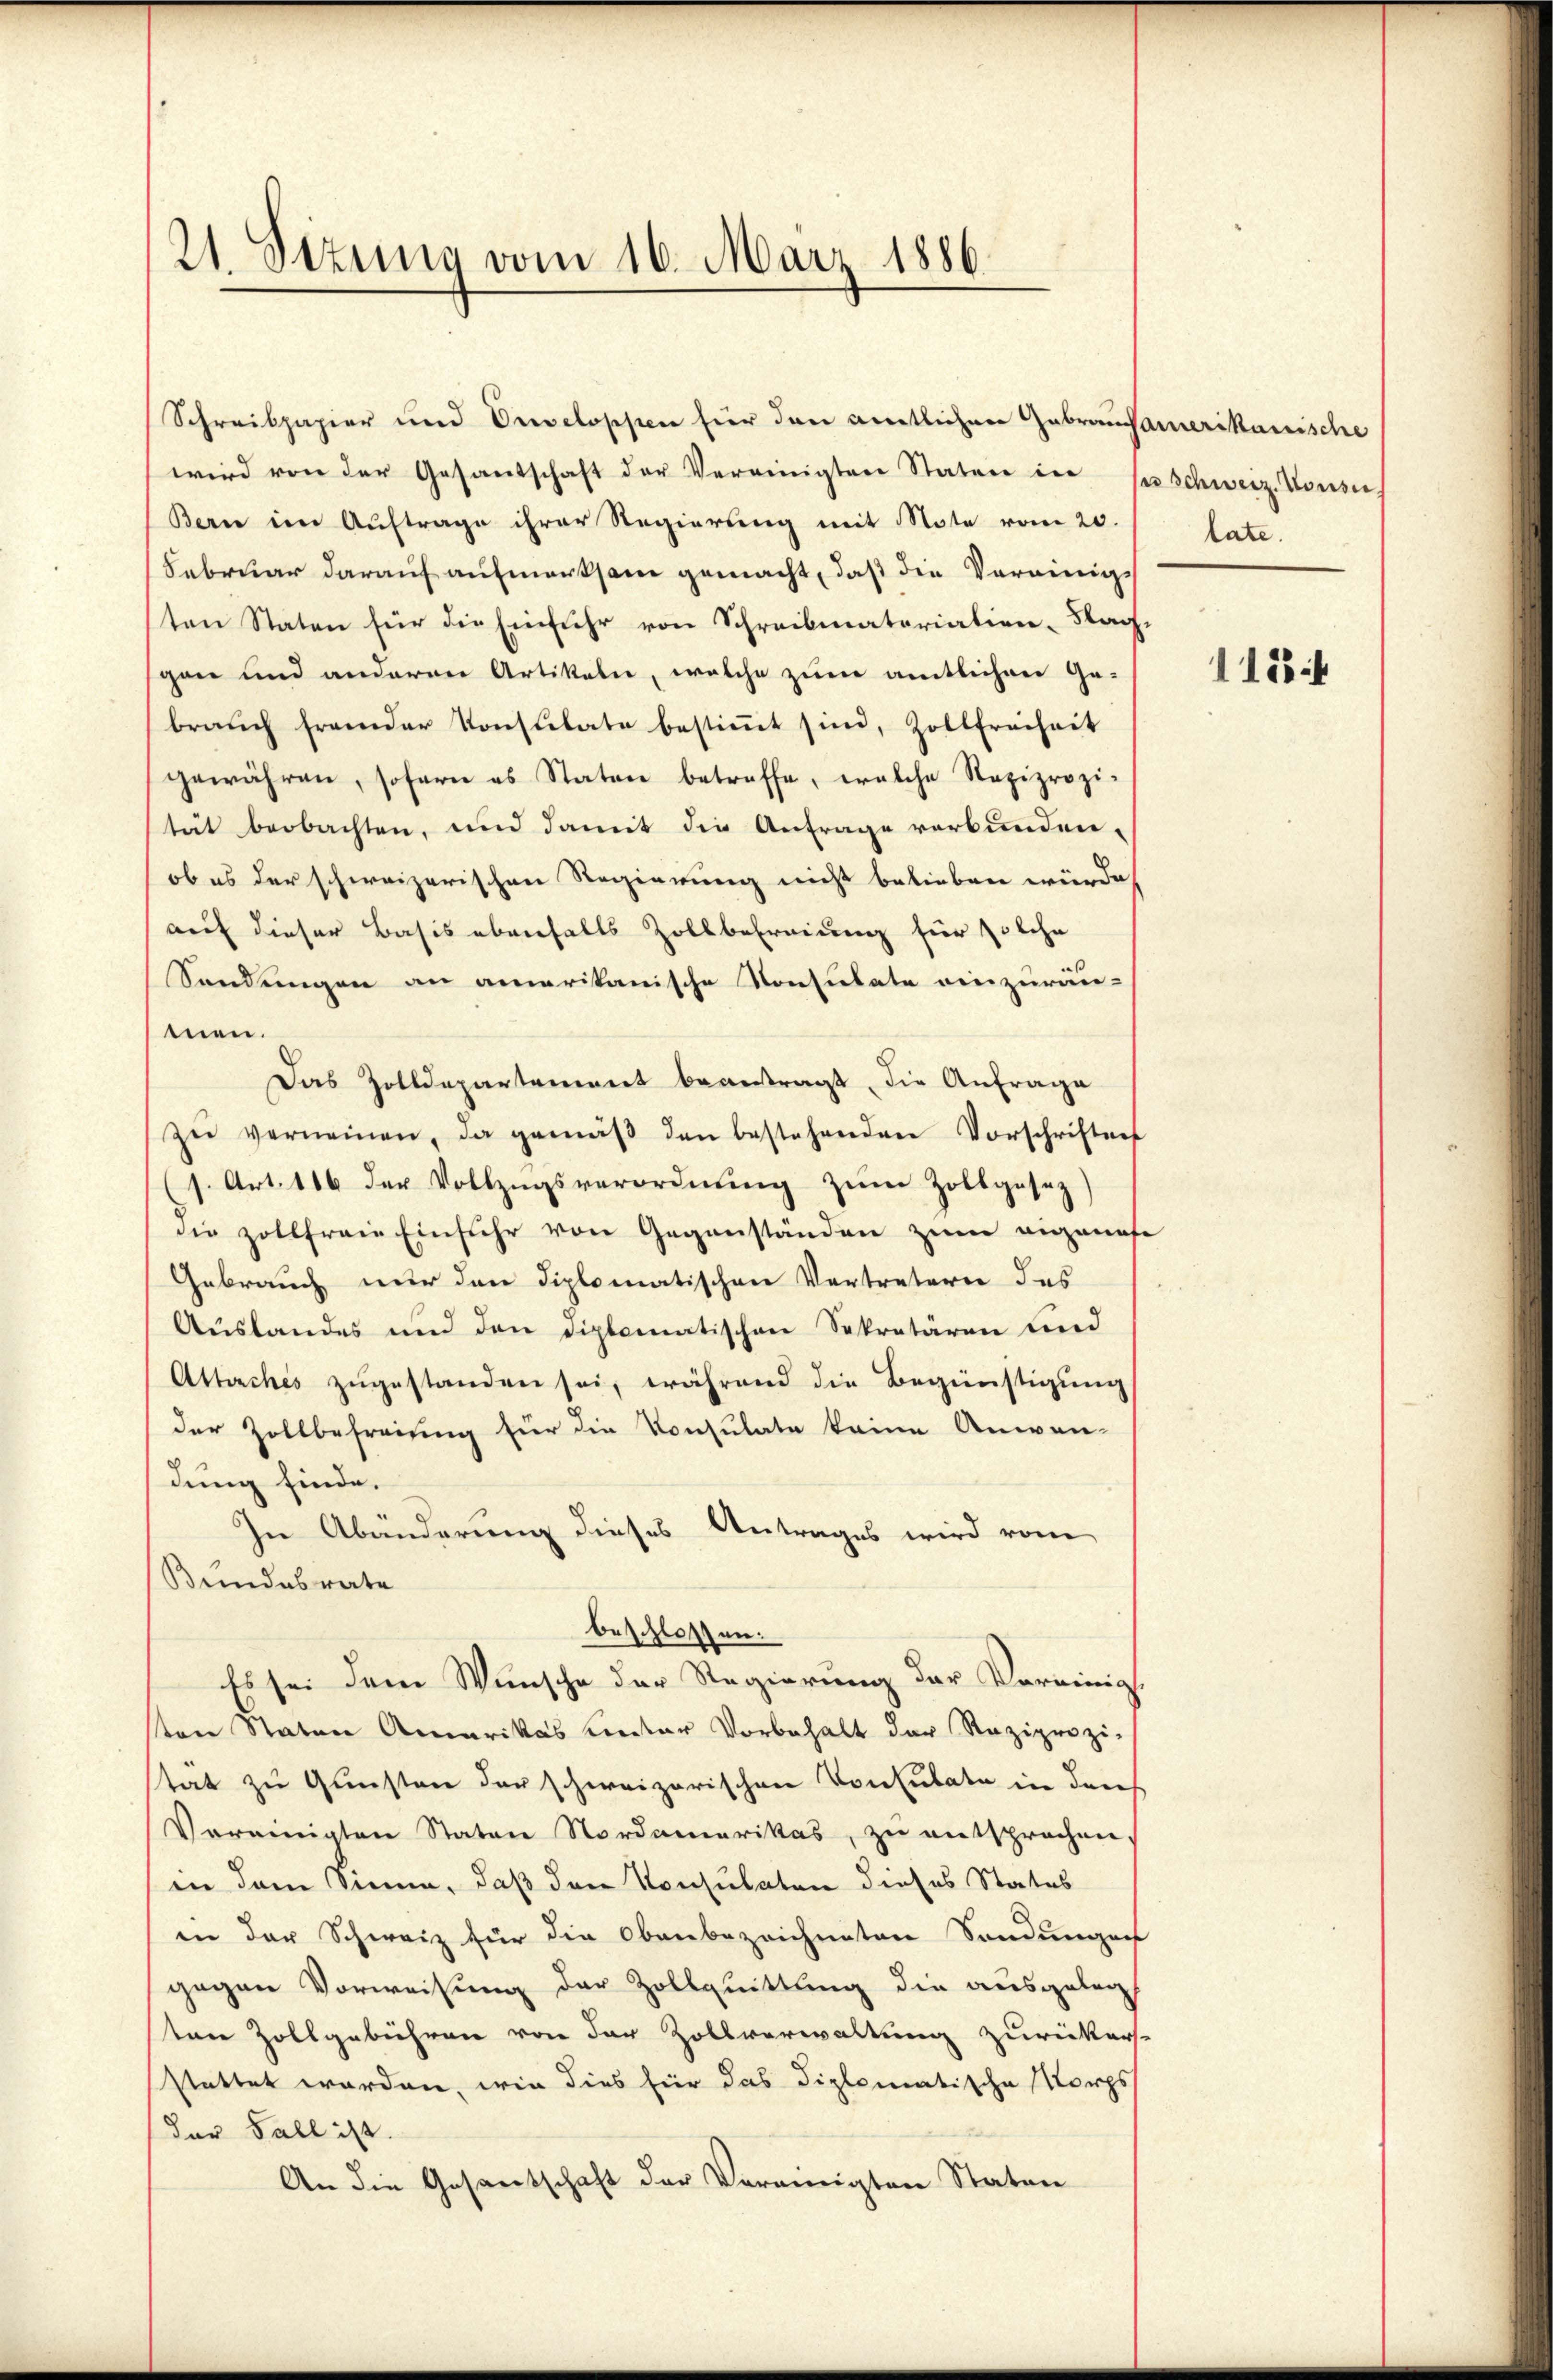
21. Sezung vom 16. März 1886.

Schreibpapier und Ouveloppen hier den amtlichere Gebrausamerikanische
wird von der Gesandschaft der Vereinigten Staten in der Schweiz. Konse
Bern im Auftrage ihrer Regierung mit Note vom 20./ late.
Februar darauf aufmerksam gemacht, daß die Vereinigten Staten für die Einfuhr von Schreibmatorialien-Stag,
gen und anderen Artikeln, welche zum amtlichen Ge-
brauch fremder Konsulate bestimmt sind, Zollfreiheit
gewähren, sofern es Staten betreffe, welche Reziprozi-
teit beobachten, und damit die Anfrage verbunden.
ob es der schweizerischen Regierung nicht belieben würde,
auf dieser Basis ebenfalls Zollbefreiung für solche
Sendungen an amerikanische Konsulate einzuräu-
men.
Das Zolldepartement beantragt, die Anfrage
zŭ verneinen, da gemäβ den bestehenden Vorschriften
s. Art. 106 der Vollzŭgsverordnŭng zŭm Zollgesez)
die Zollfreie Einfuhr von Gegenständen zum eigenafe
Gebrauch nur den diplomatischen Vertretern des
Auslandes und den Diplomatischen Sekretären und
Attuches zugestanden sei, während die Begünstigung
der Zollbefreiung für die Konsulate keine Anwen-
dung finde.
In Abänderung dieses Antrages wird vom
Bundesrate
beschlossen:
Es sei dem Wunsche der Regierung der Vereinig
sten Staten Amerikas Lector Vorbehalt der Reziprozi-
stat zu Gunsten der schweizerischen Konsulate in den
Vereinigten Staten Nordamerikas, zu entsprochen,
in dem Sinne, daß den Konsulaten dieses Status
iin der Schweiz für die Obenbezeichneten Sondungen
gegen Vorweisung der Zollquittung die ausgelegt
ten Zollgebühren von der Zollverwaltung zurückers-
stattet worden, wie dies für das diplomatische Korps
der Fall ist.
An die Gesantschaft der Vereinigten Staten

1188 f